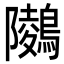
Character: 𪅋